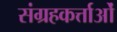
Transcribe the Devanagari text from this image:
संग्रहकर्त्ताओं